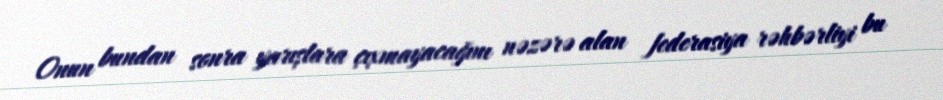
Onun bundan sonra yarışlara çıxmayacağını nəzərə alan federasiya rəhbərliyi bu